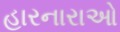
હારનારાઓ